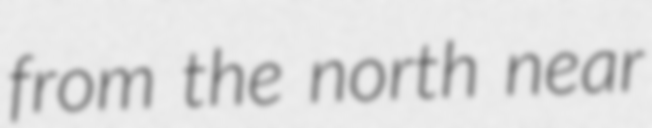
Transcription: from the north near